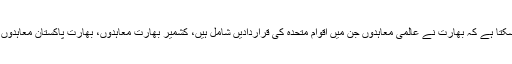
کسی بھی قانونی فورم میں جائیں، یہ بتایا جاسکتا ہے کہ بھارت نے عالمی معاہدوں جن میں اقوام متحدہ کی قراردادیں شامل ہیں، کشمیر بھارت معاہدوں، بھارت پاکستان معاہدوں اور خود اپنے آئین کی خلاف ورزی کی ہے۔